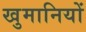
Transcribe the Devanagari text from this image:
खुमानियों